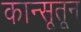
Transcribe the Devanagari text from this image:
कान्सूतून